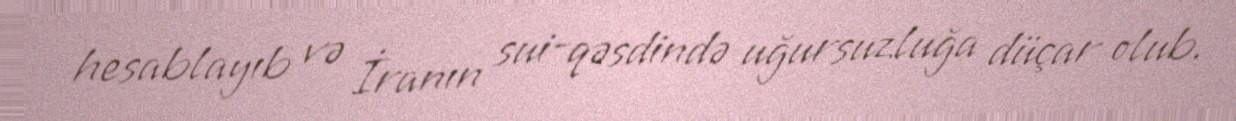
hesablayıb və İranın sui-qəsdində uğursuzluğa düçar olub.